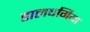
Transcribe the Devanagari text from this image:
डालबर्गिया